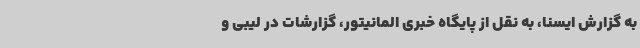
به گزارش ایسنا، به نقل از پایگاه خبری المانیتور، گزارشات در لیبی و